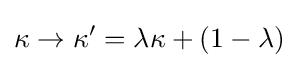
\kappa \rightarrow \kappa ^{\prime }=\lambda \kappa +(1-\lambda )